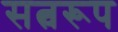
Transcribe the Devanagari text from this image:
सत्वरूप